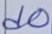
Text: d0